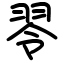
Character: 䎆